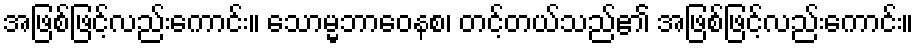
အဖြစ်ဖြင့်လည်းကောင်း။ သောမ္မဘာဝေနစ၊ တင့်တယ်သည်၏ အဖြစ်ဖြင့်လည်းကောင်း။